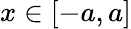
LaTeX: x\in[-a,a]